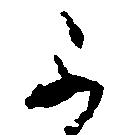
不